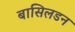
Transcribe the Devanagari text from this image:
बासिलडन